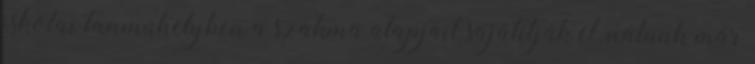
iskolai tanmûhelyben a szakma alapjait sajátítják el, nálunk már